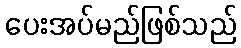
ပေးအပ်မည်ဖြစ်သည်